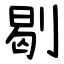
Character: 㓭